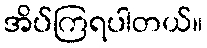
အိပ်ကြရပါတယ်။